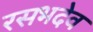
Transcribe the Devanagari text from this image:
रसभदेव